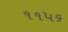
૧૧૫૬